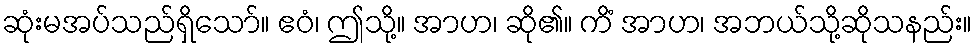
ဆုံးမအပ်သည်ရှိသော်။ ဧဝံ၊ ဤသို့။ အာဟ၊ ဆို၏။ ကိံ အာဟ၊ အဘယ်သို့ဆိုသနည်း။